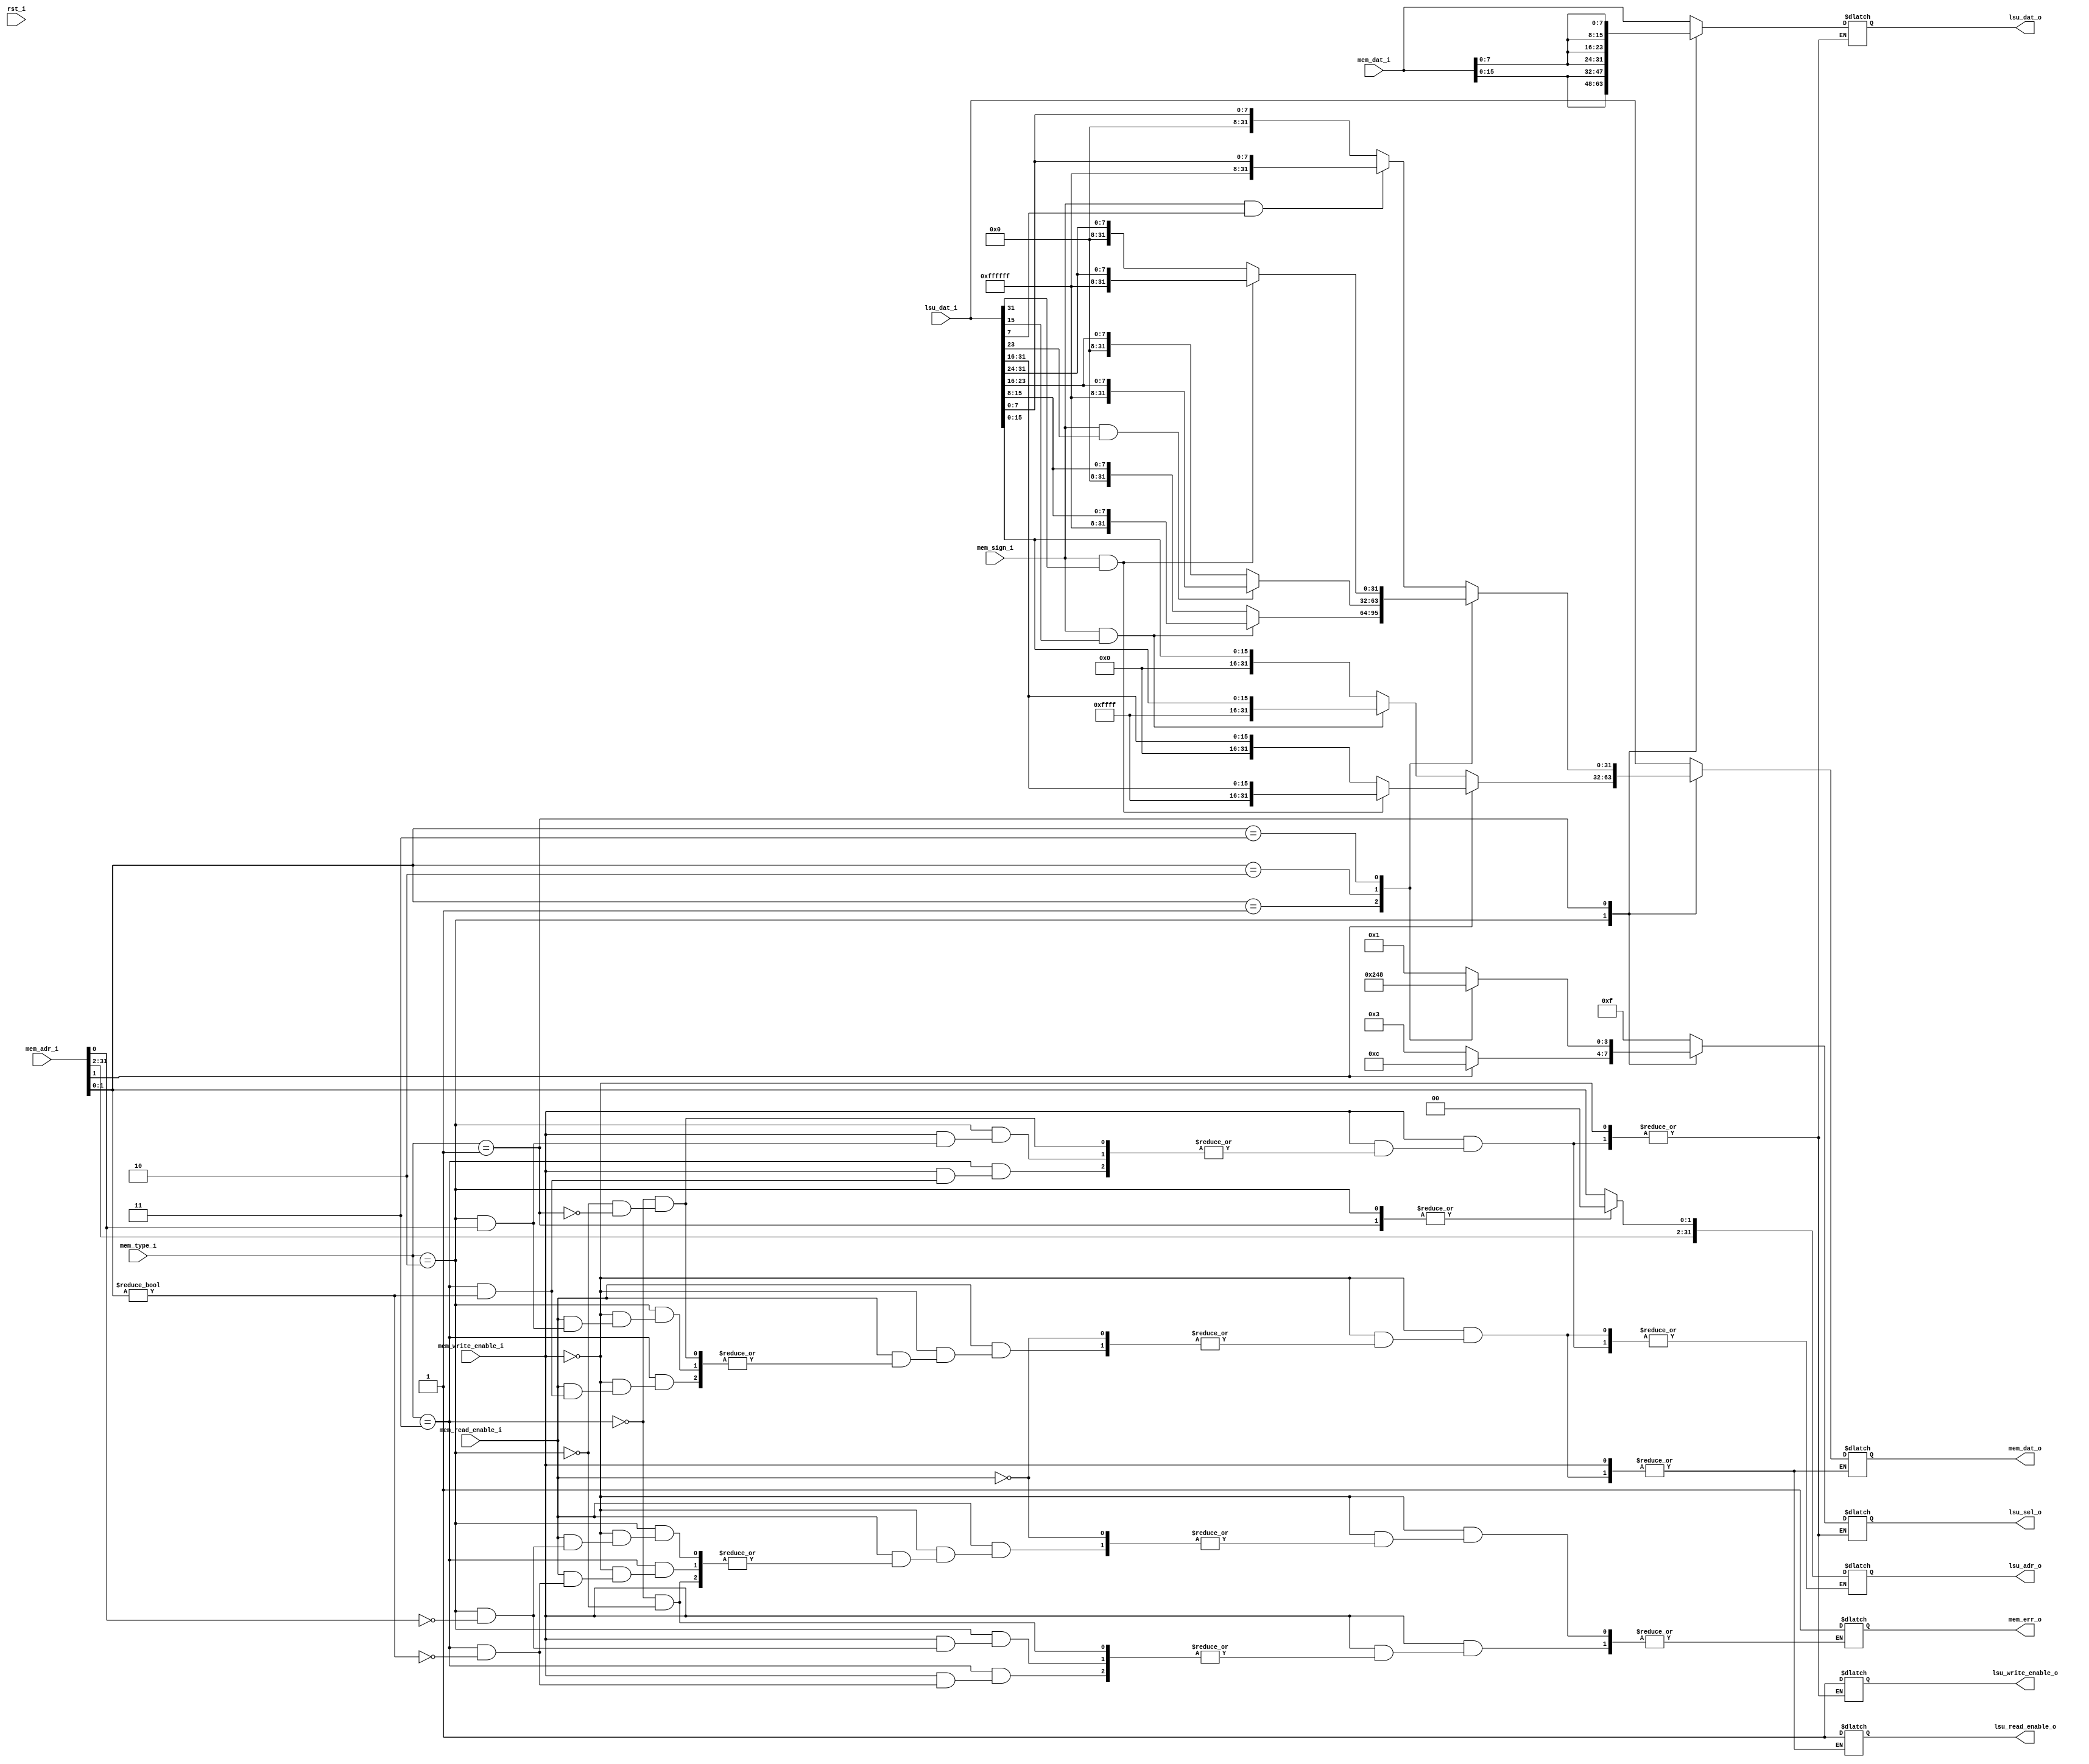

module CombinationalLSU(rst_i, mem_dat_i,lsu_dat_i, mem_adr_i, mem_type_i, mem_read_enable_i, mem_write_enable_i,  mem_sign_i,  mem_dat_o, 
						lsu_dat_o, lsu_adr_o, lsu_sel_o, mem_err_o,lsu_read_enable_o, lsu_write_enable_o );

	// Parameter definition 
	localparam mem_type_word = 2'b11;
	localparam mem_type_half = 2'b10;
	localparam mem_type_byte = 2'b01;
	
	input wire rst_i;
	input wire [31:0] mem_dat_i;
	input wire [31:0] lsu_dat_i;
	input wire [31:0] mem_adr_i;   //Memory address
	input wire [1:0] mem_type_i;  // Memory Type
	input wire mem_read_enable_i;  // Memory Read Enable
	input wire mem_write_enable_i; // Memory Write Enable
	input wire mem_sign_i; 		  // Memory Sign

	output reg [31:0] mem_dat_o;
	output reg [31:0] lsu_dat_o;
	output reg [31:0] lsu_adr_o;
	output reg [3:0]  lsu_sel_o;
	output reg mem_err_o;
	output reg lsu_read_enable_o;  // Memory Read Enable
	output reg lsu_write_enable_o;  // Memory Write Enable
	

	always @(*) begin
		if(mem_write_enable_i) begin
		
			case(mem_type_i)
			
				mem_type_word: begin
				
					if(mem_adr_i[1:0]) begin
						mem_err_o = 1;
					end 
					else begin
						lsu_sel_o = 4'b1111;
						lsu_adr_o = mem_adr_i;
						lsu_dat_o = mem_dat_i;
						lsu_write_enable_o = 1;
					end
				end
				
				mem_type_half: begin
				
					if(mem_adr_i[0]) begin
						mem_err_o = 1;
						end 
					else 
						begin
						
						lsu_dat_o = {mem_dat_i[15:0], mem_dat_i[15:0]};
						lsu_adr_o = {mem_adr_i[31:2], 2'b00};
						lsu_write_enable_o = 1;
						
						if(mem_adr_i[1])begin
							lsu_sel_o = 4'b1100;
						end 
						else 
							begin
							lsu_sel_o = 4'b0011;
							end
					end
				end
				
				mem_type_byte: begin
				
					lsu_dat_o = {mem_dat_i[7:0], mem_dat_i[7:0], mem_dat_i[7:0], mem_dat_i[7:0]};
					lsu_adr_o = {mem_adr_i[31:2], 2'b00};
					lsu_write_enable_o = 1;
					
					case(mem_adr_i[1:0])
						2'b00: lsu_sel_o = 4'b0001;
						2'b01: lsu_sel_o = 4'b0010;
						2'b10: lsu_sel_o = 4'b0100;
						2'b11: lsu_sel_o = 4'b1000;
					endcase
				end
			endcase
		end 
		else 
			if(mem_read_enable_i)begin
			
				case(mem_type_i)
				
					mem_type_word: begin
					
						if(mem_adr_i[1:0]) begin
							mem_err_o = 1;
						end 
						else 
							begin
								lsu_read_enable_o = 1;
								lsu_adr_o = mem_adr_i;
								mem_dat_o = lsu_dat_i;
							end
					end
					
					mem_type_half: begin
					
						if(mem_adr_i[0]) begin
							mem_err_o = 1;
						end 
						else 
							begin
								lsu_read_enable_o = 1;
								lsu_adr_o = {mem_adr_i[31:2], 2'b00};
								if(mem_adr_i[1])begin
									if(mem_sign_i && lsu_dat_i[31]) mem_dat_o = {16'hFFFF,lsu_dat_i[31:16]};
									else mem_dat_o = {16'h0000,lsu_dat_i[31:16]};
								end
								else 
									begin
										if(mem_sign_i && lsu_dat_i[15]) mem_dat_o = {16'hFFFF,lsu_dat_i[15:0]};
										else mem_dat_o = {16'h0000,lsu_dat_i[15:0]};
									end
							end
					end
					
					mem_type_byte: begin
					
						lsu_read_enable_o = 1;
						lsu_adr_o = {mem_adr_i[31:2], 2'b00};

						case(mem_adr_i[1:0])
							2'b00: begin
								if(mem_sign_i && lsu_dat_i[7]) 
									mem_dat_o = {24'hFFFFFF,lsu_dat_i[7:0]};
								else mem_dat_o = {24'h000000,lsu_dat_i[7:0]};
							end
							2'b01: begin
								if(mem_sign_i && lsu_dat_i[15])
									mem_dat_o = {24'hFFFFFF,lsu_dat_i[15:8]};
								else mem_dat_o = {24'h000000,lsu_dat_i[15:8]};
							end
							2'b10: begin
								if(mem_sign_i && lsu_dat_i[23]) 
									mem_dat_o = {24'hFFFFFF,lsu_dat_i[23:16]};
								else mem_dat_o = {24'h000000,lsu_dat_i[23:16]};
							end
							2'b11: begin
								if(mem_sign_i && lsu_dat_i[31])
									mem_dat_o = {24'hFFFFFF,lsu_dat_i[31:24]};
								else mem_dat_o = {24'h000000,lsu_dat_i[31:24]};
							end
						endcase
					end
				endcase
			end
		end
	endmodule



 // Combinational Module  - Load Store Unit
 //  Oscar Moreno